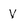
Character: V